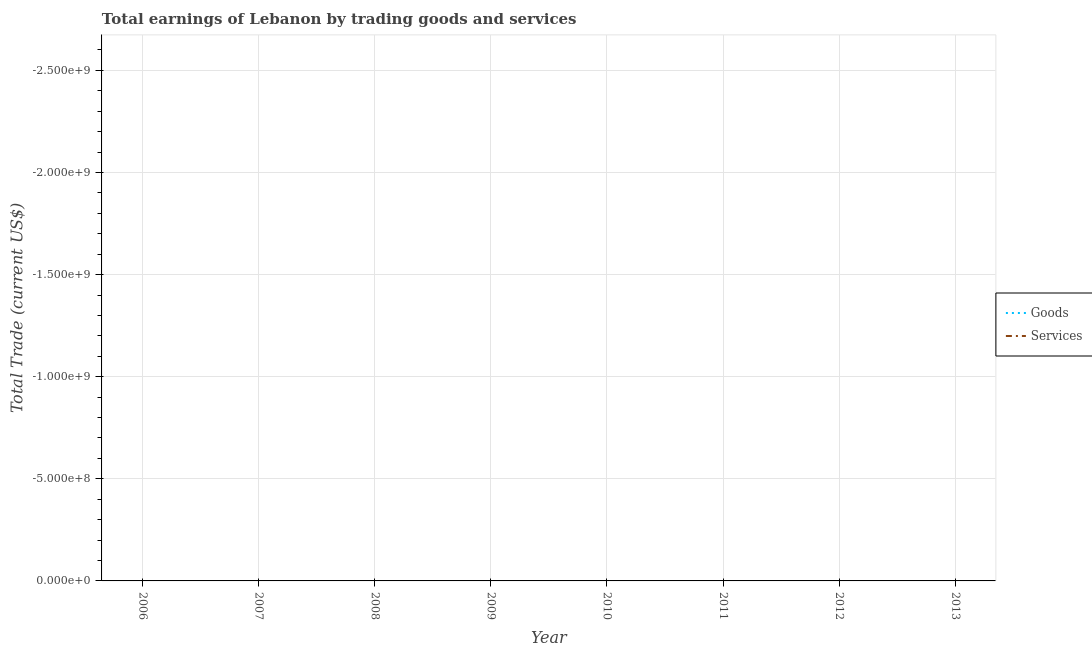
| Year | Goods | Services |
 | --- | --- | --- |
 | 2006 | -6.21e+09 | -3.27e+09 |
 | 2007 | -7.89e+09 | -5.11e+09 |
 | 2008 | -1.11e+10 | -6.9e+09 |
 | 2009 | -1.12e+10 | -8.34e+09 |
 | 2010 | -1.25e+10 | -9.49e+09 |
 | 2011 | -1.39e+10 | -7.21e+09 |
 | 2012 | -1.48e+10 | -1.01e+10 |
 | 2013 | -1.52e+10 | -1.37e+10 |